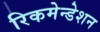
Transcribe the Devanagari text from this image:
रिकमेन्डेशन